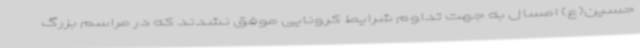
حسین(ع) امسال به جهت تداوم شرایط کرونایی موفق نشدند که در مراسم بزرگ